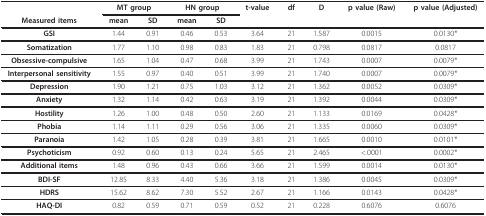
<table><thead><tr><td></td><td colspan="2"><b>MT group</b></td><td colspan="2"><b>HN group</b></td><td><b>t-value</b></td><td><b>df</b></td><td><b>D</b></td><td><b>p value (Raw)</b></td><td><b>p value (Adjusted)</b></td></tr><tr><td><b>Measured items</b></td><td><b>mean</b></td><td><b>SD</b></td><td><b>mean</b></td><td><b>SD</b></td><td></td><td></td><td></td><td></td><td></td></tr></thead><tbody><tr><td><b>GSI</b></td><td>1.44</td><td>0.91</td><td>0.46</td><td>0.53</td><td>3.64</td><td>21</td><td>1.587</td><td>0.0015</td><td>0.0130*</td></tr><tr><td><b>Somatization</b></td><td>1.77</td><td>1.10</td><td>0.98</td><td>0.83</td><td>1.83</td><td>21</td><td>0.798</td><td>0.0817</td><td>0.0817</td></tr><tr><td><b>Obsessive-compulsive</b></td><td>1.65</td><td>1.04</td><td>0.47</td><td>0.68</td><td>3.99</td><td>21</td><td>1.743</td><td>0.0007</td><td>0.0079*</td></tr><tr><td><b>Interpersonal sensitivity</b></td><td>1.55</td><td>0.97</td><td>0.40</td><td>0.51</td><td>3.99</td><td>21</td><td>1.740</td><td>0.0007</td><td>0.0079*</td></tr><tr><td><b>Depression</b></td><td>1.90</td><td>1.21</td><td>0.75</td><td>1.03</td><td>3.12</td><td>21</td><td>1.362</td><td>0.0052</td><td>0.0309*</td></tr><tr><td><b>Anxiety</b></td><td>1.32</td><td>1.14</td><td>0.42</td><td>0.63</td><td>3.19</td><td>21</td><td>1.392</td><td>0.0044</td><td>0.0309*</td></tr><tr><td><b>Hostility</b></td><td>1.26</td><td>1.00</td><td>0.48</td><td>0.50</td><td>2.60</td><td>21</td><td>1.133</td><td>0.0169</td><td>0.0428*</td></tr><tr><td><b>Phobia</b></td><td>1.14</td><td>1.11</td><td>0.29</td><td>0.56</td><td>3.06</td><td>21</td><td>1.335</td><td>0.0060</td><td>0.0309*</td></tr><tr><td><b>Paranoia</b></td><td>1.42</td><td>1.05</td><td>0.28</td><td>0.39</td><td>3.81</td><td>21</td><td>1.665</td><td>0.0010</td><td>0.0101*</td></tr><tr><td><b>Psychoticism</b></td><td>0.92</td><td>0.60</td><td>0.13</td><td>0.24</td><td>5.65</td><td>21</td><td>2.465</td><td>&lt;.0001</td><td>0.0002*</td></tr><tr><td><b>Additional items</b></td><td>1.48</td><td>0.96</td><td>0.43</td><td>0.66</td><td>3.66</td><td>21</td><td>1.599</td><td>0.0014</td><td>0.0130*</td></tr><tr><td><b>BDI-SF</b></td><td>12.85</td><td>8.33</td><td>4.40</td><td>5.36</td><td>3.18</td><td>21</td><td>1.386</td><td>0.0045</td><td>0.0309*</td></tr><tr><td><b>HDRS</b></td><td>15.62</td><td>8.62</td><td>7.30</td><td>5.52</td><td>2.67</td><td>21</td><td>1.166</td><td>0.0143</td><td>0.0428*</td></tr><tr><td><b>HAQ-DI</b></td><td>0.82</td><td>0.59</td><td>0.71</td><td>0.59</td><td>0.52</td><td>21</td><td>0.228</td><td>0.6076</td><td>0.6076</td></tr></tbody></table>